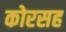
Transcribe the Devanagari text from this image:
कोरसह